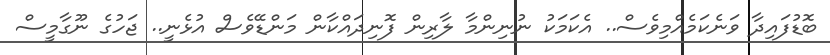
ބޮޑުފައިދާ ވަނެކަމެއްމިވެސް.. އެކަމަކު ނުނިންމާ ލާރިން ފޮނިދައްކާން މަންޑޭވެސް އުޅެނީ.. ޖަަހުގެ ނޫގާމީސް